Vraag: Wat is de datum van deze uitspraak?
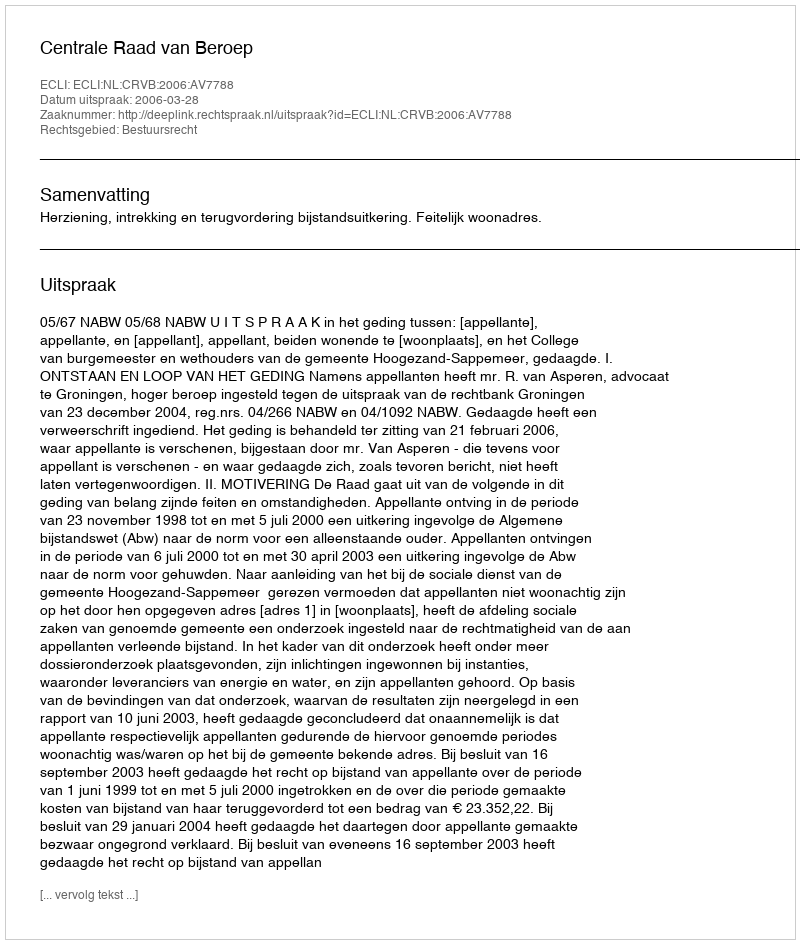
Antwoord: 2006-03-28